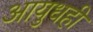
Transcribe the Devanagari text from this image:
आयुधही